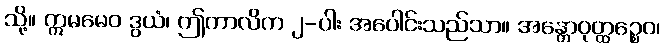
သို့။ ဣမမေဝ ဒွယံ၊ ဤကာလိက ၂-ပါး အပေါင်းသည်သာ။ အန္တောဝုတ္ထဉ္စေဝ၊